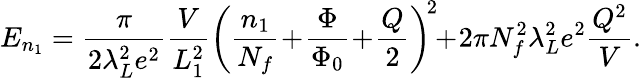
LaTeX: E_{n_{1}}=\frac{\pi}{2\lambda_{L}^{2}e^{2}}\frac{V}{L_{1}^{2}}\left(\frac{n_{1}}{N_{f}}\! +\! \frac{\Phi}{\Phi_{0}}\! +\! \frac{Q}{2}\right)^{\! 2}\! \! +\! 2\pi N_{f}^{2}\lambda_{L}^{2}e^{2}\frac{Q^{2}}{V}.